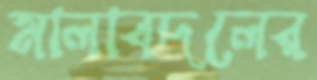
মালাবদলের